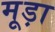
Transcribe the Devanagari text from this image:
मूड़ा